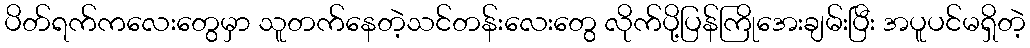
ပိတ်ရက်ကလေးတွေမှာ သူတက်နေတဲ့သင်တန်းလေးတွေ လိုက်ပို့ပြန်ကြိုအေးချမ်းပြီး အပူပင်မရှိတဲ့